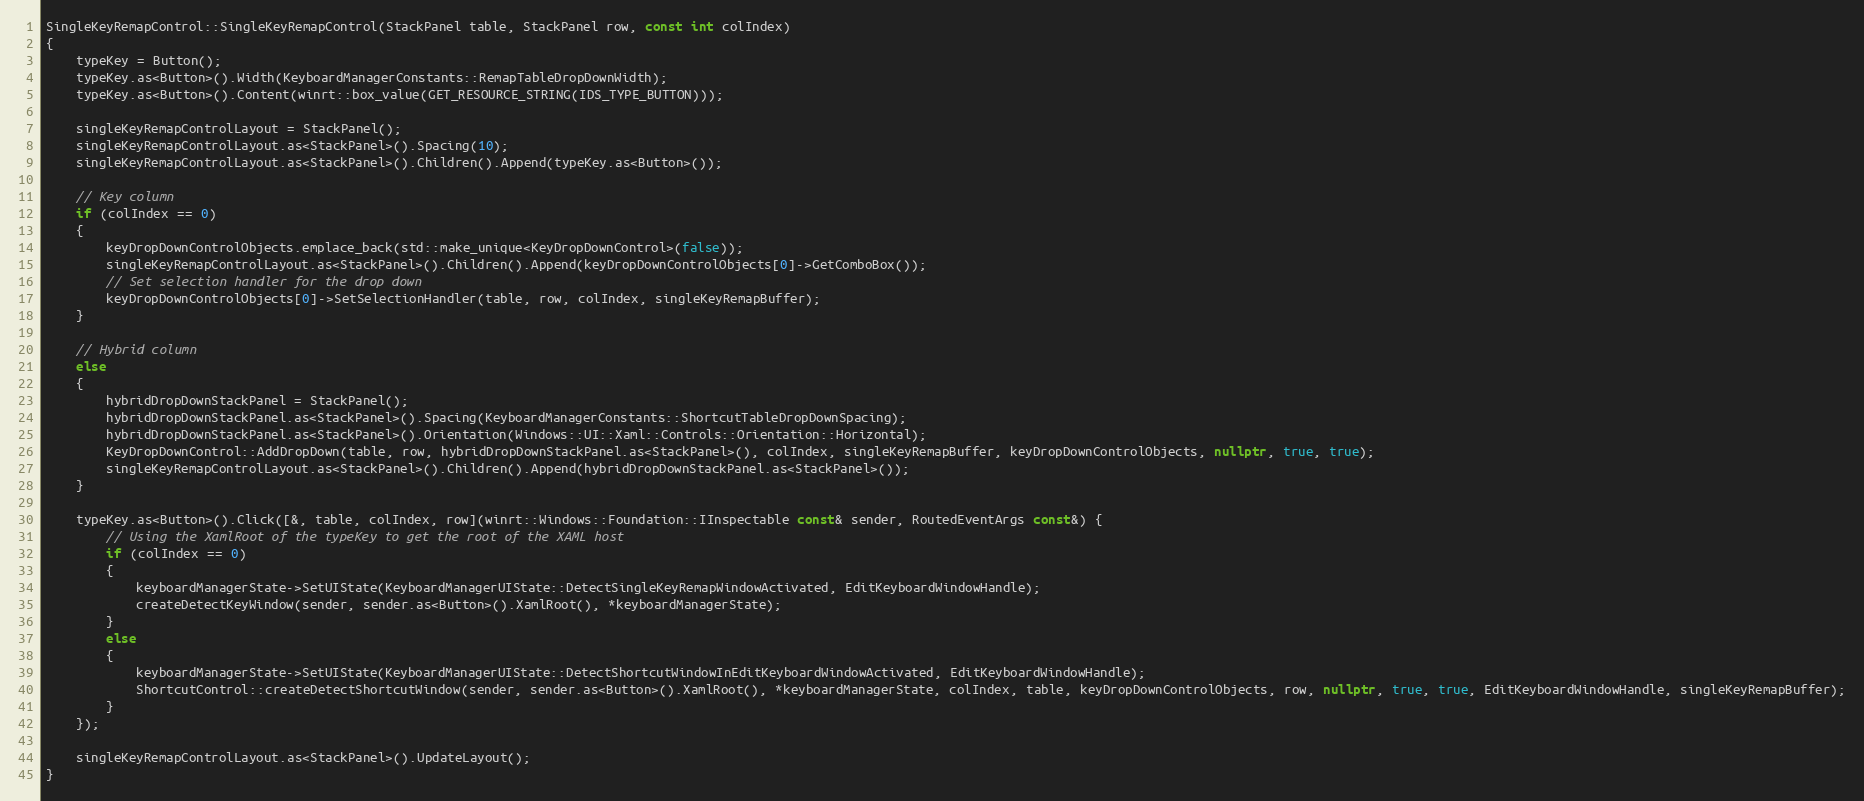
Language: C++
SingleKeyRemapControl::SingleKeyRemapControl(StackPanel table, StackPanel row, const int colIndex)
{
    typeKey = Button();
    typeKey.as<Button>().Width(KeyboardManagerConstants::RemapTableDropDownWidth);
    typeKey.as<Button>().Content(winrt::box_value(GET_RESOURCE_STRING(IDS_TYPE_BUTTON)));

    singleKeyRemapControlLayout = StackPanel();
    singleKeyRemapControlLayout.as<StackPanel>().Spacing(10);
    singleKeyRemapControlLayout.as<StackPanel>().Children().Append(typeKey.as<Button>());

    // Key column
    if (colIndex == 0)
    {
        keyDropDownControlObjects.emplace_back(std::make_unique<KeyDropDownControl>(false));
        singleKeyRemapControlLayout.as<StackPanel>().Children().Append(keyDropDownControlObjects[0]->GetComboBox());
        // Set selection handler for the drop down
        keyDropDownControlObjects[0]->SetSelectionHandler(table, row, colIndex, singleKeyRemapBuffer);
    }

    // Hybrid column
    else
    {
        hybridDropDownStackPanel = StackPanel();
        hybridDropDownStackPanel.as<StackPanel>().Spacing(KeyboardManagerConstants::ShortcutTableDropDownSpacing);
        hybridDropDownStackPanel.as<StackPanel>().Orientation(Windows::UI::Xaml::Controls::Orientation::Horizontal);
        KeyDropDownControl::AddDropDown(table, row, hybridDropDownStackPanel.as<StackPanel>(), colIndex, singleKeyRemapBuffer, keyDropDownControlObjects, nullptr, true, true);
        singleKeyRemapControlLayout.as<StackPanel>().Children().Append(hybridDropDownStackPanel.as<StackPanel>());
    }

    typeKey.as<Button>().Click([&, table, colIndex, row](winrt::Windows::Foundation::IInspectable const& sender, RoutedEventArgs const&) {
        // Using the XamlRoot of the typeKey to get the root of the XAML host
        if (colIndex == 0)
        {
            keyboardManagerState->SetUIState(KeyboardManagerUIState::DetectSingleKeyRemapWindowActivated, EditKeyboardWindowHandle);
            createDetectKeyWindow(sender, sender.as<Button>().XamlRoot(), *keyboardManagerState);
        }
        else
        {
            keyboardManagerState->SetUIState(KeyboardManagerUIState::DetectShortcutWindowInEditKeyboardWindowActivated, EditKeyboardWindowHandle);
            ShortcutControl::createDetectShortcutWindow(sender, sender.as<Button>().XamlRoot(), *keyboardManagerState, colIndex, table, keyDropDownControlObjects, row, nullptr, true, true, EditKeyboardWindowHandle, singleKeyRemapBuffer);
        }
    });

    singleKeyRemapControlLayout.as<StackPanel>().UpdateLayout();
}